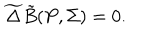
\widetilde { \Delta } { \tilde { B } } ( P , { \Sigma } ) = 0 .